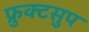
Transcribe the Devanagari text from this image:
फ्रुक्टसुप